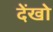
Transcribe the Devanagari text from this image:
देंखो